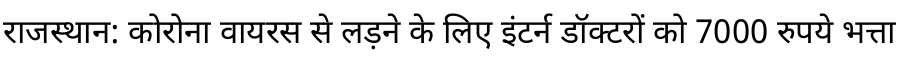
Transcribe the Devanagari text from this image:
राजस्थान: कोरोना वायरस से लड़ने के लिए इंटर्न डॉक्टरों को 7000 रुपये भत्ता